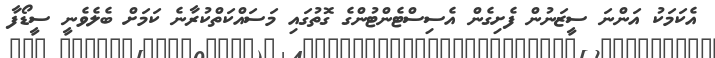
އެކަމަކު އަންނަ ސީޒަނުން ފެށިގެން އެސިސްޓެންޓުންގެ ގޮތުގައި މަސައްކަތްކުރާނެ ކަމަށް ބެލެވެނީ ސީޑޯފާ